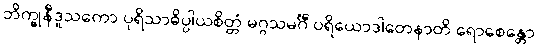
ဘိက္ခုနီဒူသကော ပုရိသာဓိပ္ပါယစိတ္တံ မဂ္ဂသမင်္ဂီ ပရိယောဒါတေနာတိ ရောစေန္တော